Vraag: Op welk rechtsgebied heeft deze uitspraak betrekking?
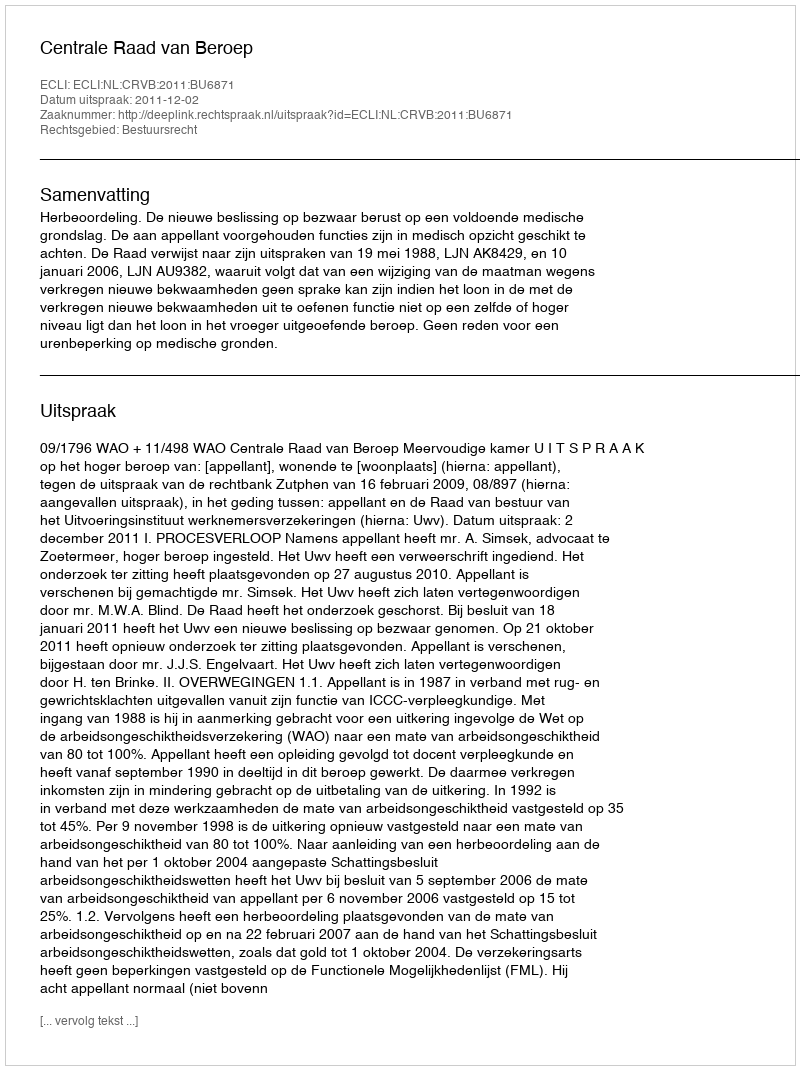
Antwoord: Bestuursrecht